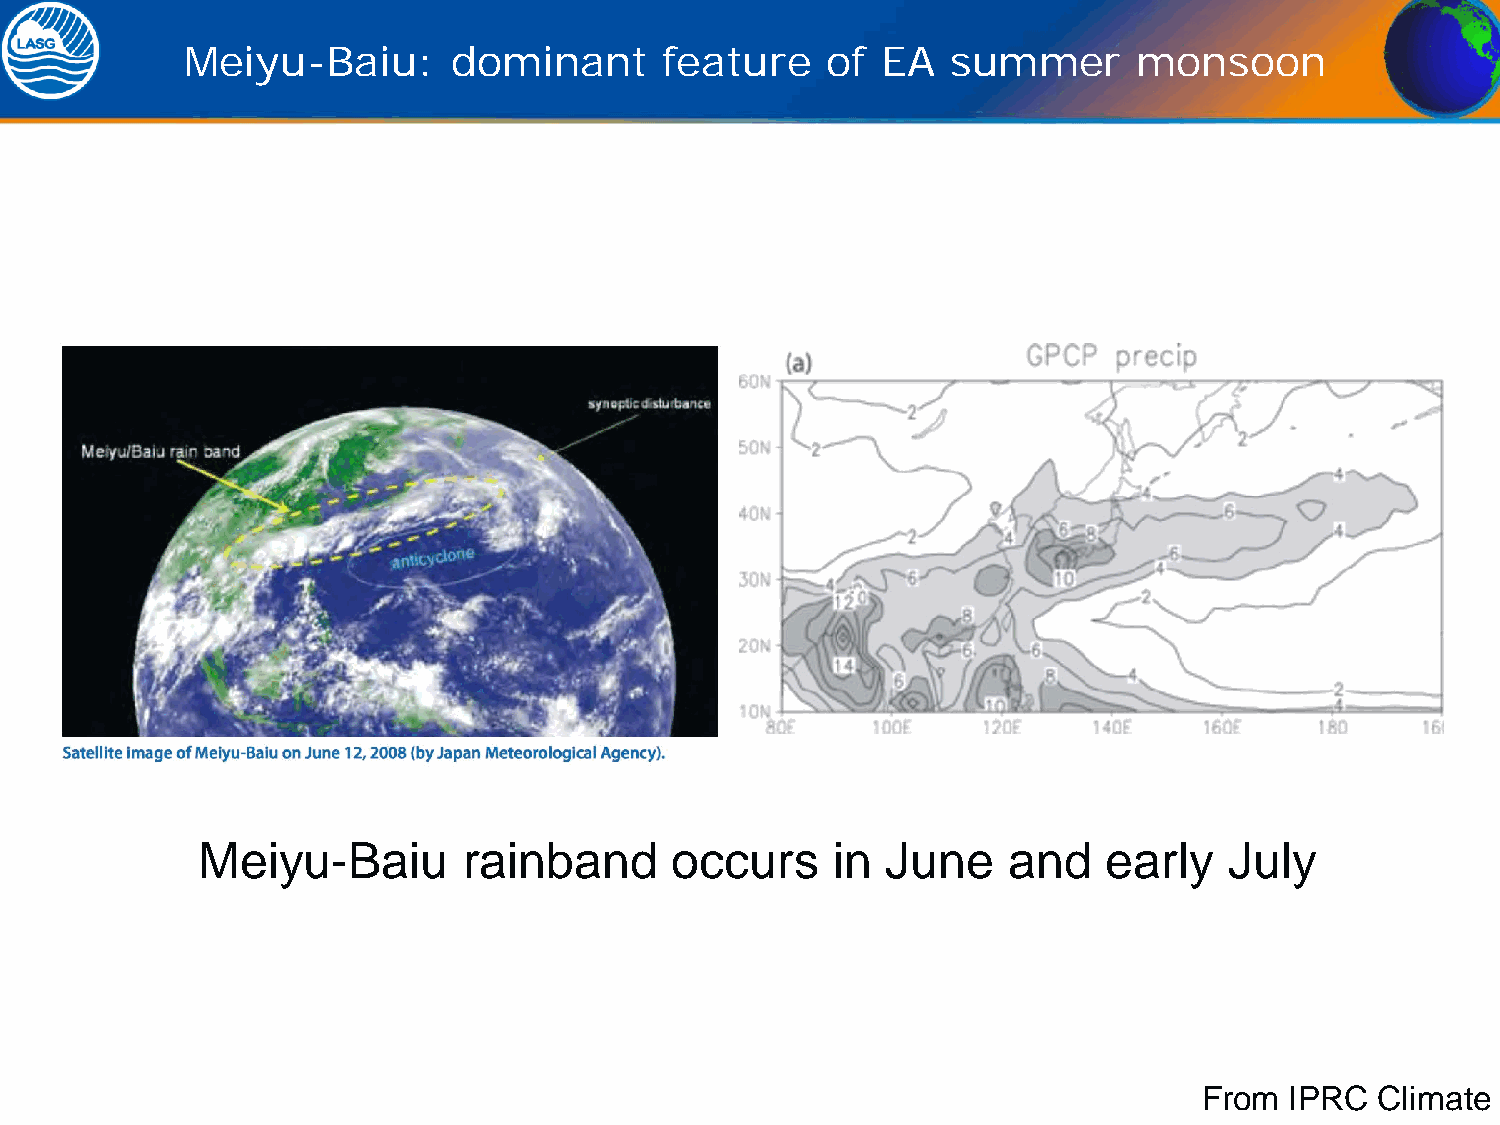
Meiyu-Baiu:       dominant      feature    of EA   summer      monsoon
 Meiyu-Baiu        rainband     occurs     in  June    and   early   July
 From IPRC  Climate